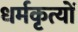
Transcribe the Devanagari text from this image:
धर्मकृत्यों